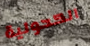
الكحولية